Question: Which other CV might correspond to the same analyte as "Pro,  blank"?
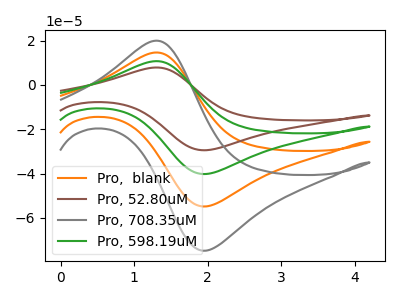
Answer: <think>The orange curve "Pro,  blank" has an anodic peak at (1.30V, 14.65uA) and a cathodic peak at (2.00V, -54.75uA). The brown curve "Pro, 52.80uM" has an anodic peak at (1.30V, 43.90uA) and a cathodic peak at (2.00V, -164.30uA). The gray curve "Pro, 708.35uM" has an anodic peak at (1.30V, 19.95uA) and a cathodic peak at (2.00V, -74.70uA). The green curve "Pro, 598.19uM" has an anodic peak at (1.30V, 29.25uA) and a cathodic peak at (2.00V, -109.55uA).
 All the peaks in "Pro,  blank" have a peak in "Pro, 52.80uM" at the same potential. Every peak in "Pro,  blank" is lower than every peak in "Pro, 52.80uM". All the peaks in "Pro,  blank" have a peak in "Pro, 708.35uM" at the same potential. Every peak in "Pro,  blank" is lower than every peak in "Pro, 708.35uM". All the peaks in "Pro,  blank" have a peak in "Pro, 598.19uM" at the same potential. Every peak in "Pro,  blank" is lower than every peak in "Pro, 598.19uM". All the peaks in "Pro, 52.80uM" have a peak in "Pro, 708.35uM" at the same potential. Every peak in "Pro, 52.80uM" is higher than every peak in "Pro, 708.35uM". All the peaks in "Pro, 52.80uM" have a peak in "Pro, 598.19uM" at the same potential. Every peak in "Pro, 52.80uM" is higher than every peak in "Pro, 598.19uM". All the peaks in "Pro, 708.35uM" have a peak in "Pro, 598.19uM" at the same potential. Every peak in "Pro, 708.35uM" is lower than every peak in "Pro, 598.19uM".</think>
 <answer>"Pro,  blank", "Pro, 52.80uM" and "Pro, 598.19uM" have a similar shape to "Pro, 708.35uM".</answer>
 <eval>"Pro,  blank" "Pro, 52.80uM" "Pro, 598.19uM"</eval>